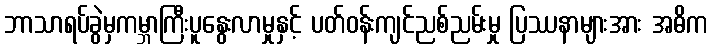
ဘာသာရပ်ခွဲမှကမ္ဘာကြီးပူနွေးလာမှုနှင့် ပတ်ဝန်းကျင်ညစ်ညမ်းမှု ပြဿနာများအား အဓိက